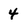
Character: 4